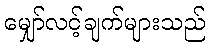
မျှော်လင့်ချက်များသည်